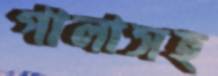
পালাসহ